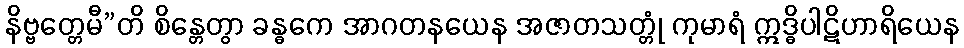
နိဗ္ဗတ္တေမီ”တိ စိန္တေတွာ ခန္ဓကေ အာဂတနယေန အဇာတသတ္တုံ ကုမာရံ ဣဒ္ဓိပါဋိဟာရိယေန